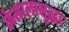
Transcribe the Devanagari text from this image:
केसालासुद्धा